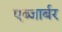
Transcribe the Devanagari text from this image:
एब्जार्बर